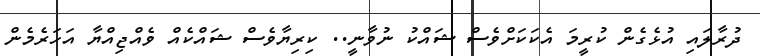
ދުރާލައި އުޅެގެން ކުރީމަ އެކަކަށްވެސް ޝައްކު ނުވާނީ.. ކިރިޔާވެސް ޝައްކެއް ވެއްޖިއްޔާ އަހަރެމެން